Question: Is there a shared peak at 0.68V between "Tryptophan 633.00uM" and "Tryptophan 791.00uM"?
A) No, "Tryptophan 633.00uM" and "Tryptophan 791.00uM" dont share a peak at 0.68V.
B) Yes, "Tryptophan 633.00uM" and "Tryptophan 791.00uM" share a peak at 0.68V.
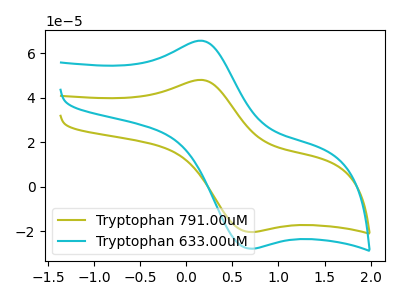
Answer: <think>The olive curve "Tryptophan 791.00uM" has an anodic peak at (0.15V, 47.95uA) and a cathodic peak at (0.70V, -20.30uA). The cyan curve "Tryptophan 633.00uM" has an anodic peak at (0.15V, 65.55uA) and a cathodic peak at (0.70V, -27.75uA).</think>
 <answer>B) Yes, "Tryptophan 633.00uM" and "Tryptophan 791.00uM" share a peak at 0.68V.</answer>
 <eval>B</eval>